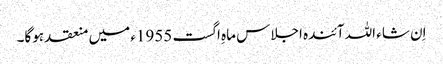
اِن شاء اللہ آئندہ اجلاس ماہِ اگست 1955ء میں منعقد ہوگا۔